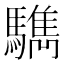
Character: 𩦩